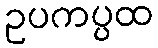
ဥပကပ္ပထ